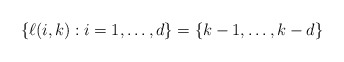
\begin{align*}\{\ell(i,k) : i = 1,\ldots,d\} = \{k - 1,\ldots,k - d\}\end{align*}